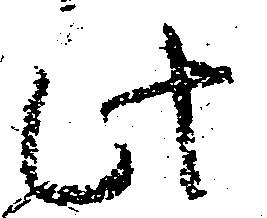
此